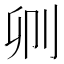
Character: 𠛓